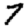
Digit: 7